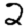
Digit: 2